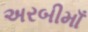
અરબીમાઁ